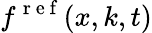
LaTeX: f^{\mathrm{~r~e~f~}}(x,k,t)